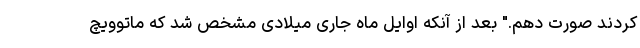
کردند صورت دهم." بعد از آنکه اوایل ماه جاری میلادی مشخص شد که ماتوویچ